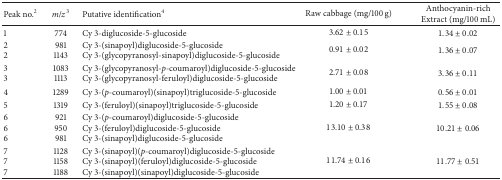
<table><thead><tr><td><b>Peak no.<sup>2</sup></b></td><td><b><i>m</i>/<i>z</i><sup>3</sup></b></td><td><b>Putative identification<sup>4</sup></b></td><td><b>Raw cabbage (mg/100 g)</b></td><td><b>Anthocyanin-rich Extract (mg/100 mL)</b></td></tr></thead><tbody><tr><td>1</td><td>774</td><td>Cy 3-diglucoside-5-glucoside</td><td>3.62 ± 0.15</td><td>1.34 ± 0.02</td></tr><tr><td>2 2</td><td>981 1143</td><td>Cy 3-(sinapoyl)diglucoside-5-glucoside Cy 3-(glycopyranosyl-sinapoyl)diglucoside-5-glucoside</td><td>0.91 ± 0.02</td><td>1.36 ± 0.07</td></tr><tr><td>3 3</td><td>1083 1113</td><td>Cy 3-(glycopyranosyl-<i>p</i>-coumaroyl)diglucoside-5-glucoside Cy 3-(glycopyranosyl-feruloyl)diglucoside-5-glucoside</td><td>2.71 ± 0.08</td><td>3.36 ± 0.11</td></tr><tr><td>4</td><td>1289</td><td>Cy 3-(<i>p</i>-coumaroyl)(sinapoyl)triglucoside-5-glucoside</td><td>1.00 ± 0.01</td><td>0.56 ± 0.01</td></tr><tr><td>5</td><td>1319</td><td>Cy 3-(feruloyl)(sinapoyl)triglucoside-5-glucoside</td><td>1.20 ± 0.17</td><td>1.55 ± 0.08</td></tr><tr><td>6 6 6</td><td>921 950 981</td><td>Cy 3-(<i>p</i>-coumaroyl)diglucoside-5-glucoside Cy 3-(feruloyl)diglucoside-5-glucoside Cy 3-(sinapoyl)diglucoside-5-glucoside</td><td>13.10 ± 0.38</td><td>10.21 ± 0.06</td></tr><tr><td>7 7 7</td><td>1128 1158 1188</td><td>Cy 3-(sinapoyl)(<i>p</i>-coumaroyl)diglucoside-5-glucoside Cy 3-(sinapoyl)(feruloyl)diglucoside-5-glucoside Cy 3-(sinapoyl)(sinapoyl)diglucoside-5-glucoside</td><td>11.74 ± 0.16</td><td>11.77 ± 0.51</td></tr></tbody></table>